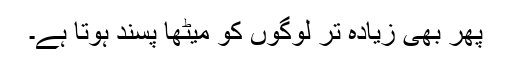
پھر بھی زیادہ تر لوگوں کو میٹھا پسند ہوتا ہے۔